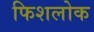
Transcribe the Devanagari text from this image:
फिशलोक